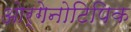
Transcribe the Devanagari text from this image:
ओर्गेनोटिपिक